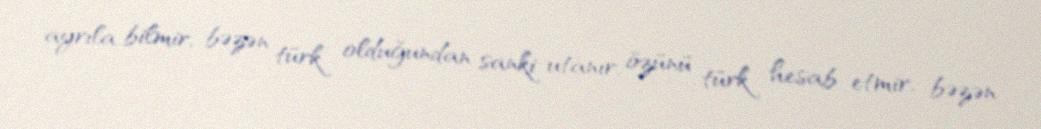
ayrıla bilmir, bəzən türk olduğundan sanki utanır, özünü türk hesab etmir, bəzən